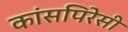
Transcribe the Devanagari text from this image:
कांसपिरेसी